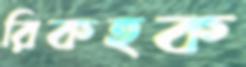
রিকহক